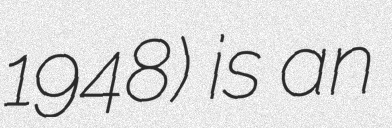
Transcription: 1948) is an